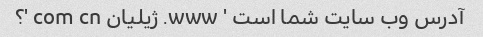
آدرس وب سایت شما است ' www. ژیلیان com cn '؟